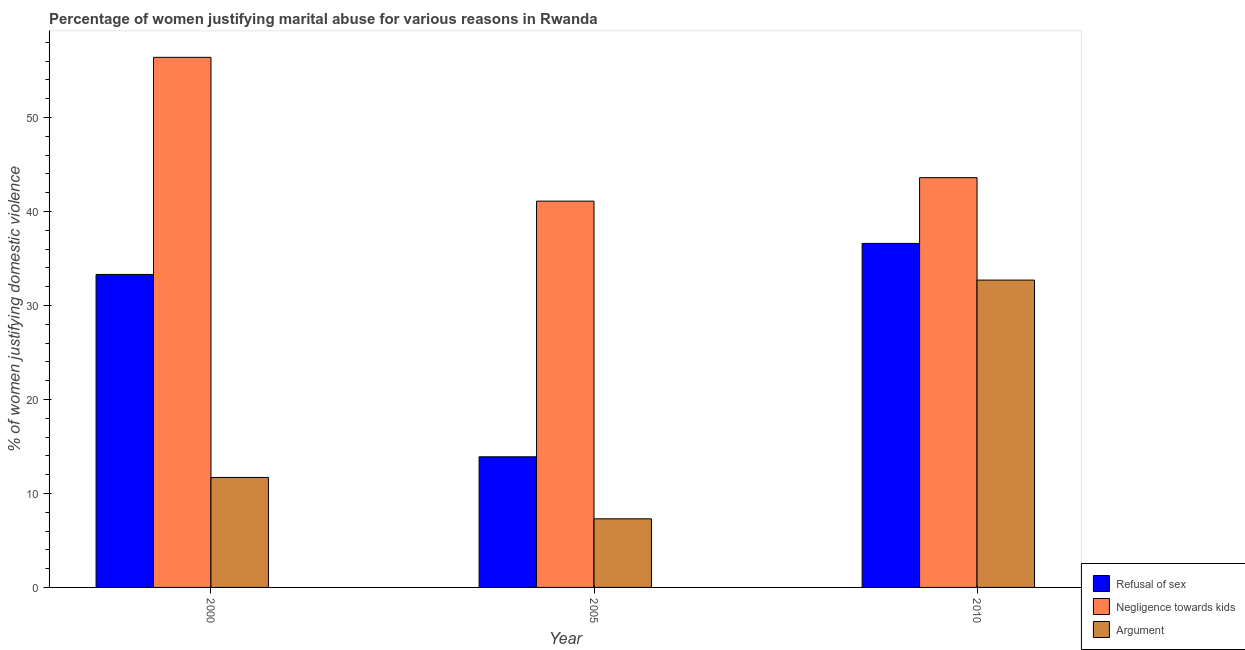
| Year | Refusal of sex | Negligence towards kids | Argument |
 | --- | --- | --- | --- |
 | 2000 | 33.3 | 56.4 | 11.7 |
 | 2005 | 13.9 | 41.1 | 7.3 |
 | 2010 | 36.6 | 43.6 | 32.7 |